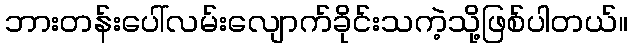
ဘားတန်းပေါ်လမ်းလျောက်ခိုင်းသကဲ့သို့ဖြစ်ပါတယ်။